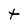
Character: t